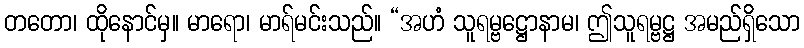
တတော၊ ထိုနောင်မှ။ မာရော၊ မာရ်မင်းသည်။ “အဟံ သူရမ္ဗဋ္ဌောနာမ၊ ဤသူရမ္ဗဋ္ဌ အမည်ရှိသော